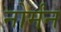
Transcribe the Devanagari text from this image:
नोर्मंन